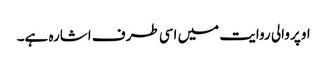
اوپر والی روایت میں اسی طرف اشارہ ہے۔